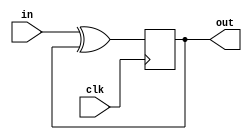
module top_module (
    input clk,
    input in, 
    output out);
wire w1;
    xor g1(w1,in,out);
    always@(posedge clk)
        out<=w1;
endmodule